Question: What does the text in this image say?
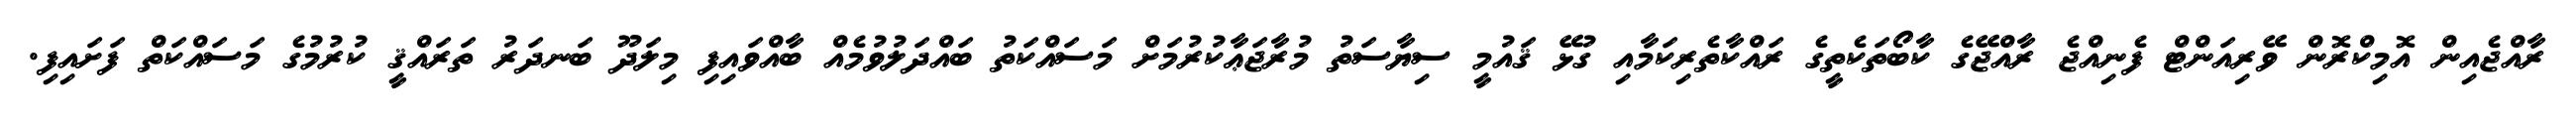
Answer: ރާއްޖެއިން އޮމިކްރޮން ވޭރިއަންޓް ފެނިއްޖެ ރާއްޖޭގެ ކާބޯތަކެތީގެ ރައްކާތެރިކަމާއި ގުޅޭ ޤައުމީ ސިޔާސަތު މުރާޖަޢާކުރުމަށް މަސައްކަތު ބައްދަލުވުމެއް ބާއްވައިފި މިލަދޫ ބަނދަރު ތަރައްޤީ ކުރުމުގެ މަސައްކަތް ފަށައިފި.